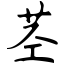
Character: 茎